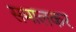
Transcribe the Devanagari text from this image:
समालकर